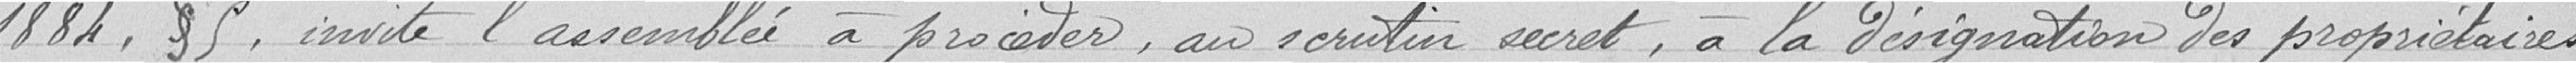
1884, § 5, invite l'assemblée à procéder, au scrutin secret, à la désignation des propriétaires